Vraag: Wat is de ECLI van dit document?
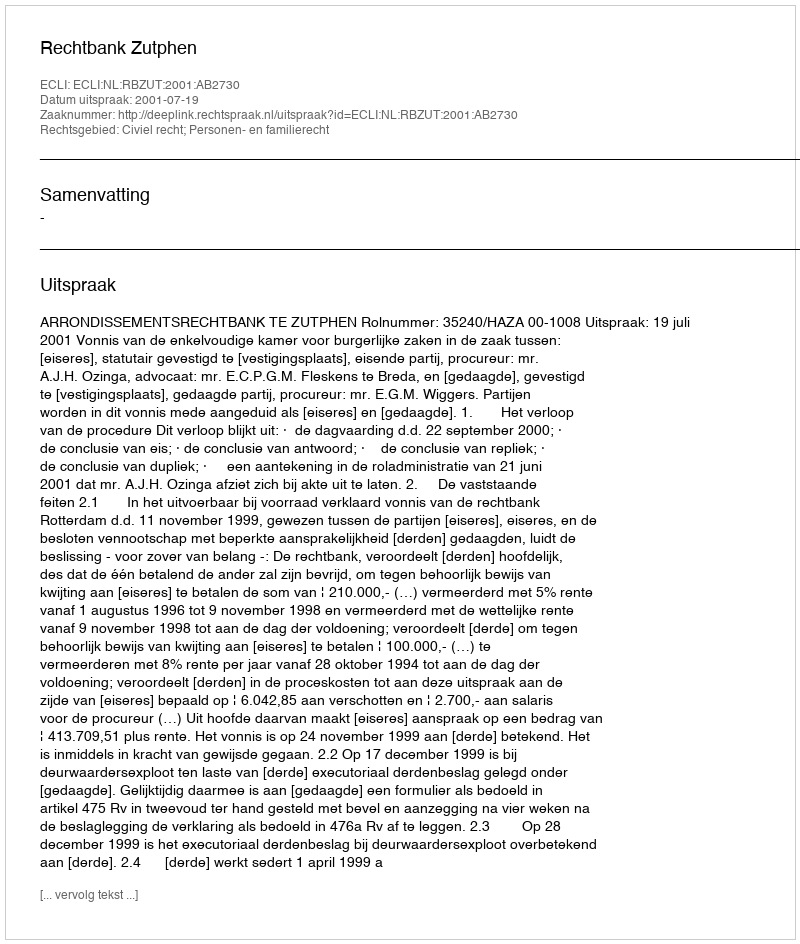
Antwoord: ECLI:NL:RBZUT:2001:AB2730